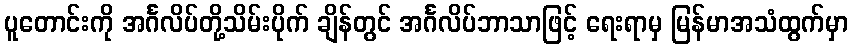
ပူတောင်းကို အင်္ဂလိပ်တို့သိမ်းပိုက် ချိန်တွင် အင်္ဂလိပ်ဘာသာဖြင့် ရေးရာမှ မြန်မာအသံထွက်မှာ